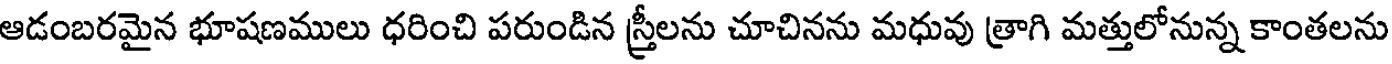
ఆడంబరమైన భూషణములు ధరించి పరుండిన స్త్రీలను చూచినను మధువు త్రాగి మత్తులోనున్న కాంతలను